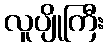
လူပျိုကြီး